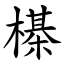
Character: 㯦